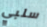
سلبي